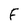
Character: F